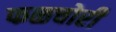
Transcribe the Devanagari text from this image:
फळचोरी